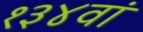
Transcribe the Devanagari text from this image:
१३४वां